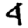
Digit: 4